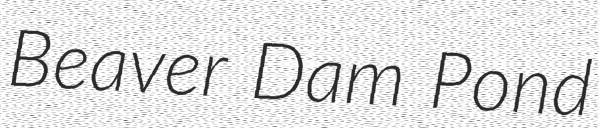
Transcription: Beaver Dam Pond